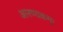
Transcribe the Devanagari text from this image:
आरण्यकम्।